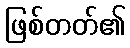
ဖြစ်တတ်၏